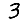
Digit: 3